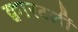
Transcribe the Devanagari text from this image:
क्वारटर्ली